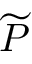
\widetilde { P }